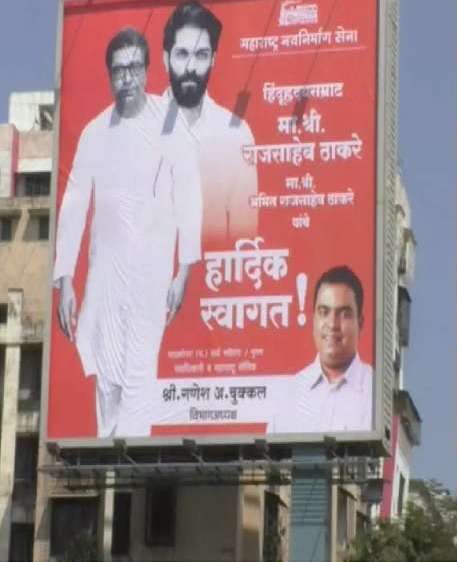
Language: marathi
Transcription: हिंदुहृदयसम्राट राजसाहेब नवनिर्माण सेना ठाकरे गणेश महाराष्ट्र स्वागत हार्दिक